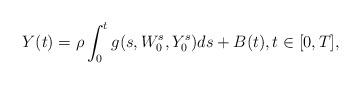
LaTeX: \begin{align*}Y(t) = \rho\int_0^t g(s, W_0^s, Y_0^s) ds+B(t),t \in[0, T],\end{align*}